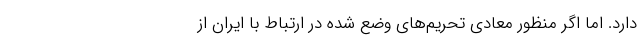
دارد. اما اگر منظور معادی تحریم‌های وضع شده در ارتباط با ایران از